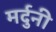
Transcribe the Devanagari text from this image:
मर्दुनी